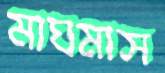
মাঘমাস